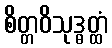
စိတ္တဝိသုဒ္ဓတ္ထံ